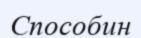
Способин